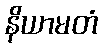
နိယာမတံ